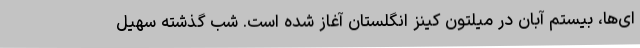
ای‌ها، بیستم آبان در میلتون کینز انگلستان آغاز شده است. شب گذشته سهیل